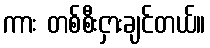
ကား တစ်စီးငှားချင်တယ်။